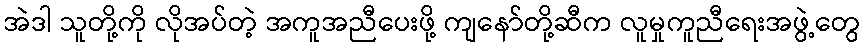
အဲဒါ သူတို့ကို လိုအပ်တဲ့ အကူအညီပေးဖို့ ကျနော်တို့ဆီက လူမှုကူညီရေးအဖွဲ့တွေ